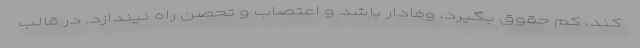
کند، کم حقوق بگیرد، وفادار باشد و اعتصاب و تحصن راه نیندازد. در قالب